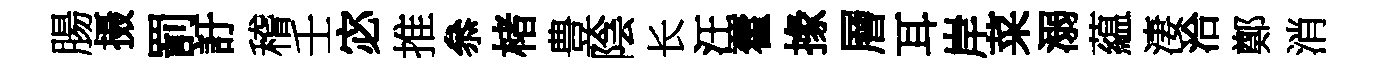
腸摄罰訏稽壬宓推叅楮豊陰长汪藿掾層耳岸菜溺藴淒洽鄭消